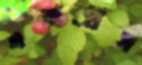
একপ্রেস